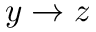
y \to z